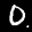
Label: 0